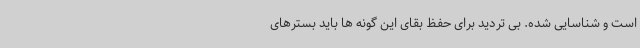
است و شناسایی شده. بی تردید برای حفظ بقای این گونه ها باید بسترهای